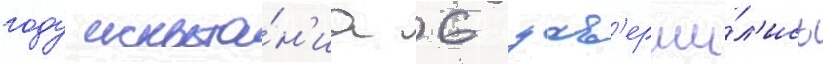
году испыта́н'иа 6 зав'ерши́л'ись